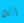
أنك